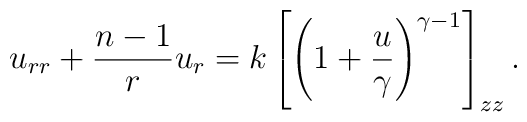
u_{rr}+{{n-1}\over r}u_r=k\left[\left(1+{u\over\gamma}\right)^{\gamma-1}\right]_{zz}.